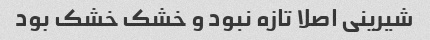
شیرینی اصلا تازه نبود و خشک خشک بود